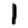
Digit: 1